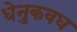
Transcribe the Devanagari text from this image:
धेनुकवध